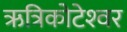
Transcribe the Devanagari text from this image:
ऋत्रिकोटेश्‍वर